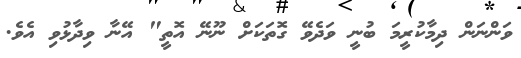
ވަންނަން ދިމާކުރީމަ ބުނީ ވަދެވޭ ގޮތަކަށް ނޫނޭ އޮތީ" އޭނާ ވިދާޅުވި އެވެ.